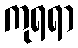
ကုရရာ